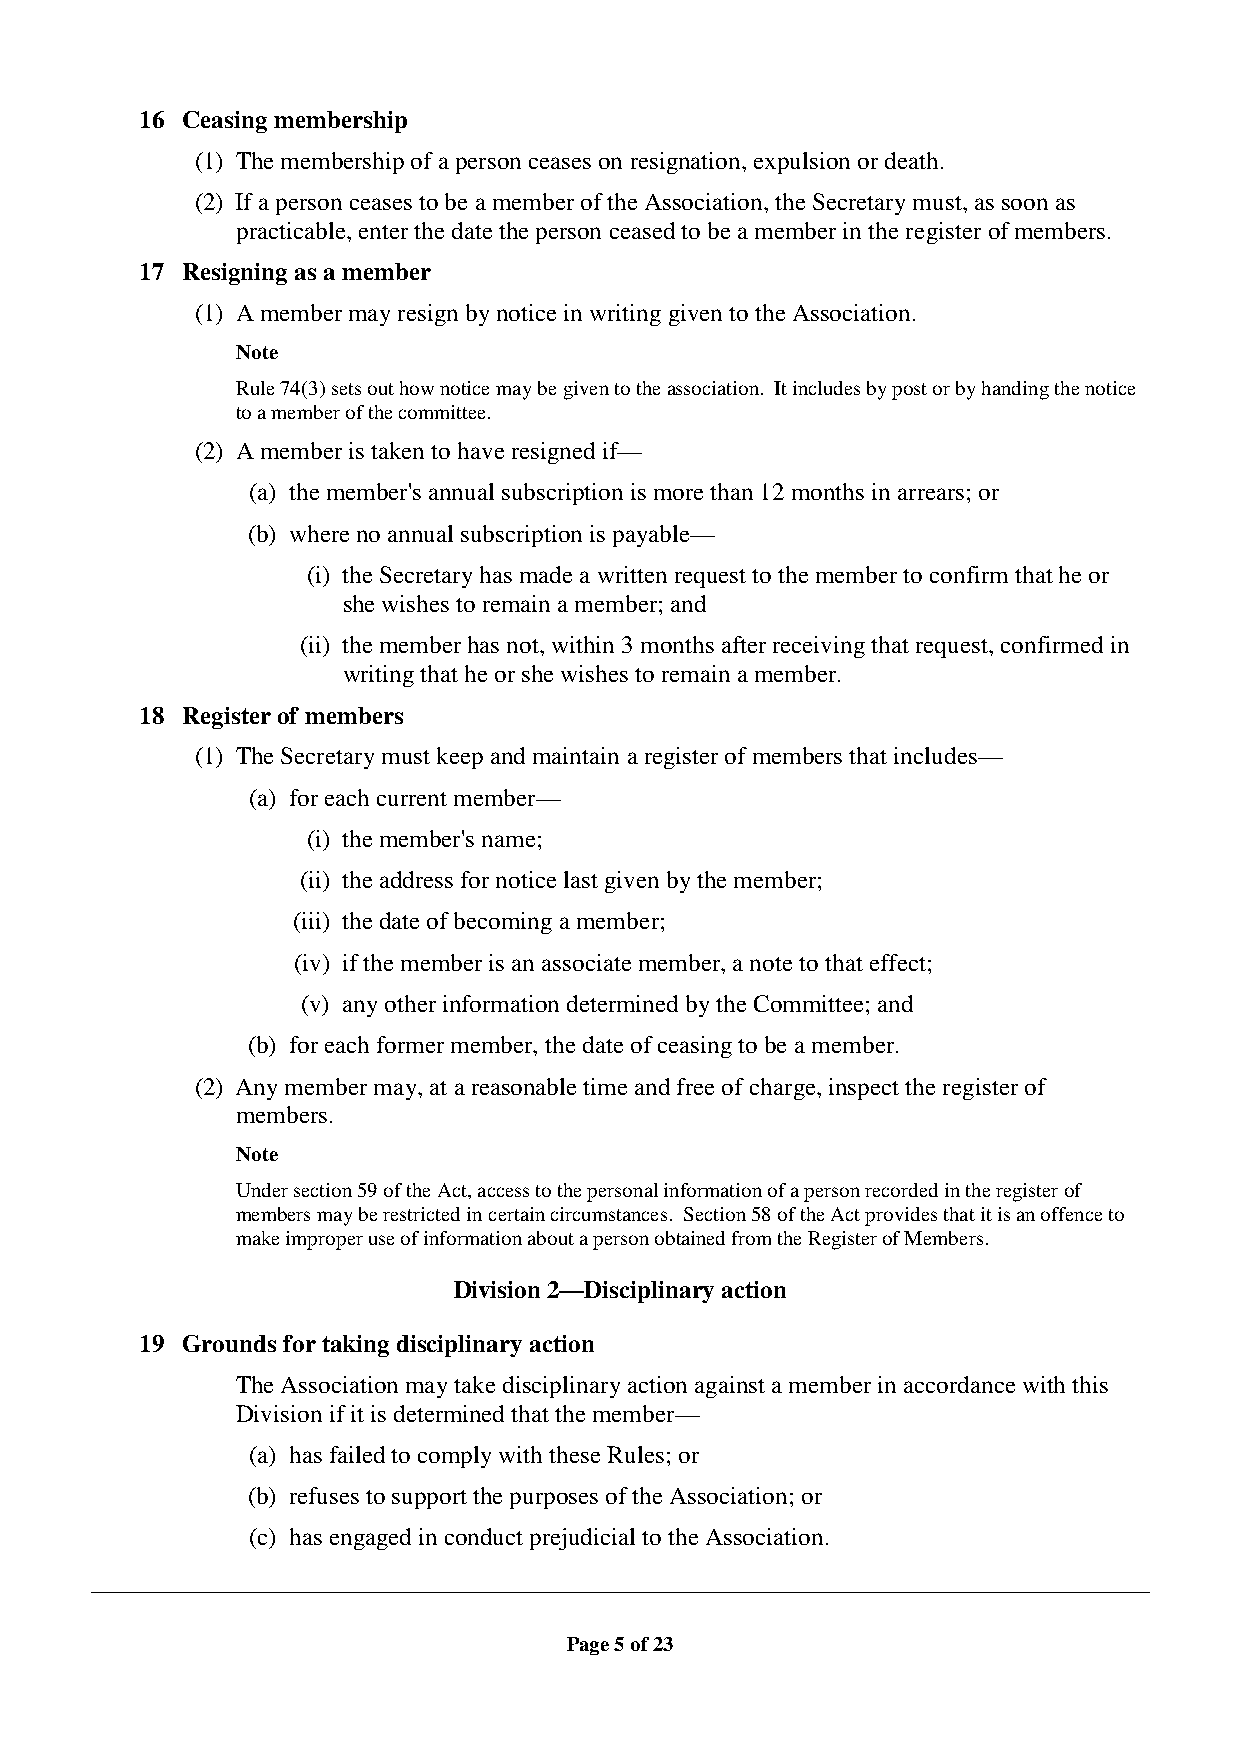
16 Ceasing membership
 (1) The membership of a person ceases on resignation, expulsion or death.
 (2) If a person ceases to be a member of the Association, the Secretary must, as soon as
 practicable, enter the date the person ceased to be a member in the register of members.
 17 Resigning as a member
 (1) A member may resign by notice in writing given to the Association.
 Note
 Rule 74(3) sets out how notice may be given to the association. It includes by post or by handing the notice
 to a member of the committee.
 (2) A member is taken to have resigned if—
 (a) the member's annual subscription is more than 12 months in arrears; or
 (b) where no annual subscription is payable—
 (i) the Secretary has made a written request to the member to confirm that he or
 she wishes to remain a member; and
 (ii) the member has not, within 3 months after receiving that request, confirmed in
 writing that he or she wishes to remain a member.
 18 Register of members
 (1) The Secretary must keep and maintain a register of members that includes—
 (a) for each current member—
 (i) the member's name;
 (ii) the address for notice last given by the member;
 (iii) the date of becoming a member;
 (iv) if the member is an associate member, a note to that effect;
 (v) any other information determined by the Committee; and
 (b) for each former member, the date of ceasing to be a member.
 (2) Any member may, at a reasonable time and free of charge, inspect the register of
 members.
 Note
 Under section 59 of the Act, access to the personal information of a person recorded in the register of
 members may be restricted in certain circumstances. Section 58 of the Act provides that it is an offence to
 make improper use of information about a person obtained from the Register of Members.
 Division 2—Disciplinary action
 19 Grounds for taking disciplinary action
 The Association may take disciplinary action against a member in accordance with this
 Division if it is determined that the member—
 (a) has failed to comply with these Rules; or
 (b) refuses to support the purposes of the Association; or
 (c) has engaged in conduct prejudicial to the Association.
 Page 5 of 23